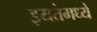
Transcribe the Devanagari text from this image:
इयत्तेमध्ये